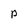
Character: P